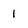
Character: 1